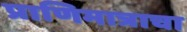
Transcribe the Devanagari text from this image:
प्राणिमात्राचा